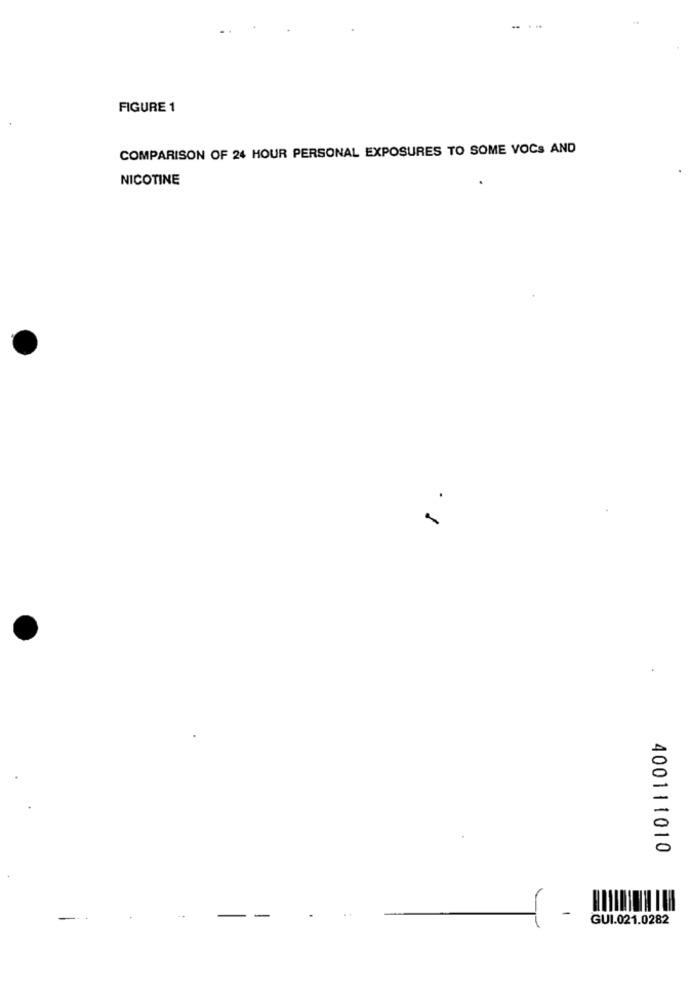
FIGURE 1
COMPARISON OF 24 HOUR PERSONAL EXPOSURES TO SOME VOCS AND
NICOTINE
.1
400111010
GUI.021.0282